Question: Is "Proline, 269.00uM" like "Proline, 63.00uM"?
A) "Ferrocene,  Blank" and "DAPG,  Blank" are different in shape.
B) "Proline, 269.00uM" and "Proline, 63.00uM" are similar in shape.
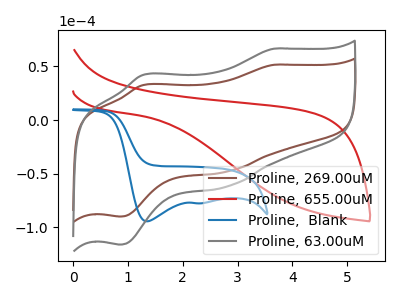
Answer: <think>The brown curve "Proline, 269.00uM" has anodic peaks at (3.65V, 51.50uA) (1.30V, 32.65uA) and cathodic peaks at (2.80V, -47.95uA) (0.85V, -89.80uA). The red curve "Proline, 655.00uM" has no peaks. The blue curve "Proline,  Blank" has cathodic peaks at (1.35V, -94.25uA) (2.25V, -77.50uA). The gray curve "Proline, 63.00uM" has anodic peaks at (3.65V, 66.50uA) (1.30V, 42.15uA) and cathodic peaks at (2.80V, -61.95uA) (0.85V, -115.95uA).
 All the peaks in "Proline, 269.00uM" have a peak in "Proline, 63.00uM" at the same potential. Every peak in "Proline, 269.00uM" is lower than every peak in "Proline, 63.00uM".</think>
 <answer>B) "Proline, 269.00uM" and "Proline, 63.00uM" are similar in shape.</answer>
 <eval>B</eval>